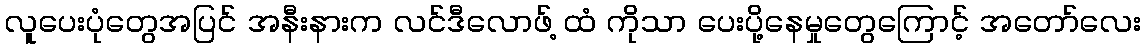
လူပေးပုံတွေအပြင် အနီးနားက လင်ဒီလောဖ့် ထံ ကိုသာ ပေးပို့နေမှုတွေကြောင့် အတော်လေး